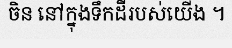
ចិន នៅក្នុងទឹកដីរបស់យើង ។